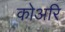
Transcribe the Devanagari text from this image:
कोअरि